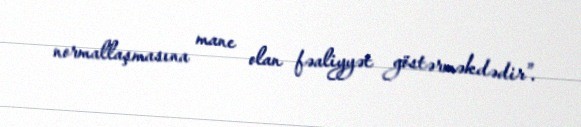
normallaşmasına mane olan fəaliyyət göstərməkdədir”.